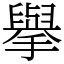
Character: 擧